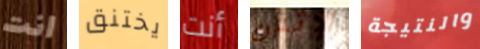
انت يختنق أنت الإثنان والنتيجة